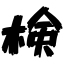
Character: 検